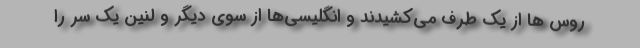
روس ها از یک طرف می‌کشیدند و انگلیسی‌ها از سوی دیگر و لنین یک سر را